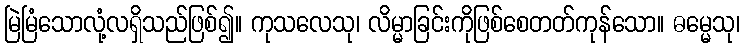
မြဲမြံသောလုံ့လရှိသည်ဖြစ်၍။ ကုသလေသု၊ လိမ္မာခြင်းကိုဖြစ်စေတတ်ကုန်သော။ ဓမ္မေသု၊